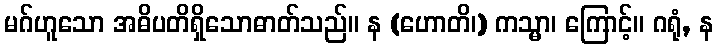
မဂ်ဟူသော အဓိပတိရှိသောဓာတ်သည်။ န (ဟောတိ၊) ကသ္မာ၊ ကြောင့်။ ဂရုံ, န